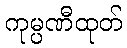
ကုမ္ပဏီထုတ်